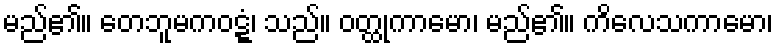
မည်၏။ တေဘူမကဝဋ္ဋံ၊ သည်။ ဝတ္ထုကာမော၊ မည်၏။ ကိလေသကာမော၊